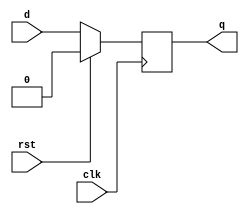
module dff(clk,rst,d,q);
input clk, rst, d;
output reg q;
always@(posedge clk)
begin
	if(rst)
		q<=0;
	else
		q<=d;
end 
endmodule